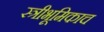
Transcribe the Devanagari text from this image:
स्त्रीभूमिकाच